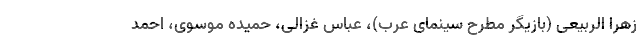
زهرا الربیعی (بازیگر مطرح سینمای عرب)، عباس غزالی، حمیده موسوی، احمد